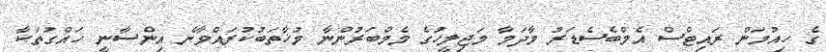
ގެ ހިއުމަން ރައިޓްސް އެމްބެސެޑަރު މާދަމާ މަޖިލީހުގެ މެމްބަރުންނާ މުޚާތަބުކުރައްވާނެ އިންސާނީ ހައްގުތަކާ